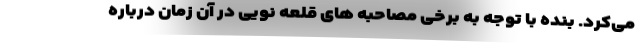
می‌کرد. بنده با توجه به برخی مصاحبه های قلعه نویی در آن زمان درباره